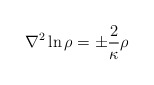
\begin{align*}\nabla^2 \ln \rho=\pm \frac{2}{\kappa}\rho\end{align*}